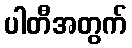
ပါတီအတွက်